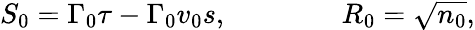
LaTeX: S_{0}=\Gamma_{0}\tau-\Gamma_{0}v_{0}s,\qquad\qquad R_{0}={\sqrt{n_{0}}},